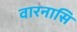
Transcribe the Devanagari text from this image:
वारनासि